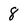
Character: 8